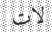
لات